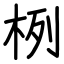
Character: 栵